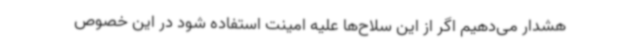
هشدار می‌دهیم اگر از این سلاح‌ها علیه امینت استفاده شود در این خصوص